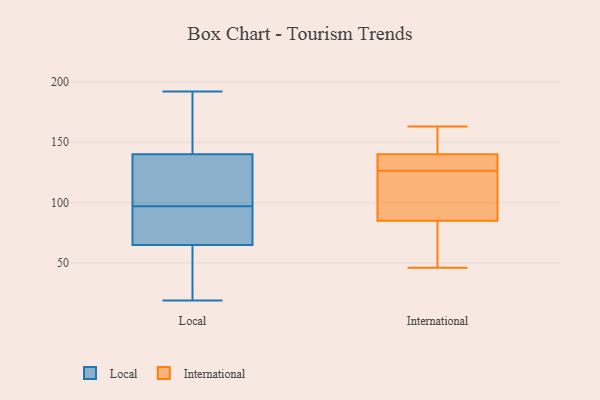
{"axis": {"x": "Demand Index", "y": "Value"}, "legend": ["International", "Local"], "data": [{"x": "", "y": 113, "type": "Local"}, {"x": "", "y": 86, "type": "Local"}, {"x": "", "y": 103, "type": "Local"}, {"x": "", "y": 29, "type": "Local"}, {"x": "", "y": 162, "type": "Local"}, {"x": "", "y": 27, "type": "Local"}, {"x": "", "y": 19, "type": "Local"}, {"x": "", "y": 114, "type": "Local"}, {"x": "", "y": 67, "type": "Local"}, {"x": "", "y": 21, "type": "Local"}, {"x": "", "y": 140, "type": "Local"}, {"x": "", "y": 83, "type": "Local"}, {"x": "", "y": 65, "type": "Local"}, {"x": "", "y": 169, "type": "Local"}, {"x": "", "y": 170, "type": "Local"}, {"x": "", "y": 109, "type": "Local"}, {"x": "", "y": 91, "type": "Local"}, {"x": "", "y": 192, "type": "Local"}, {"x": "", "y": 140, "type": "International"}, {"x": "", "y": 138, "type": "International"}, {"x": "", "y": 46, "type": "International"}, {"x": "", "y": 163, "type": "International"}, {"x": "", "y": 158, "type": "International"}, {"x": "", "y": 115, "type": "International"}, {"x": "", "y": 62, "type": "International"}, {"x": "", "y": 85, "type": "International"}, {"x": "", "y": 139, "type": "International"}, {"x": "", "y": 114, "type": "International"}]}